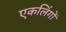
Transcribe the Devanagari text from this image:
एकलिंगों